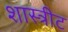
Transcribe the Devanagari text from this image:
शास्त्रीट